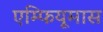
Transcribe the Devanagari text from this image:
एम्फियूमास